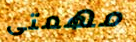
مهمتى